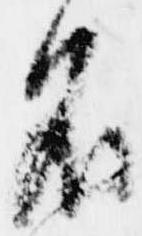
名